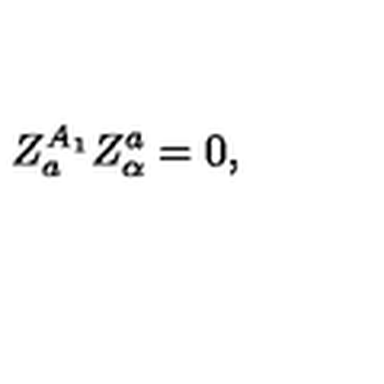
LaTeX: Z _ { a } ^ { A _ { 1 } } Z _ { \alpha } ^ { a } = 0 ,